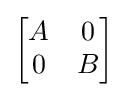
{\begin{bmatrix}A&0\\0&B\\\end{bmatrix}}